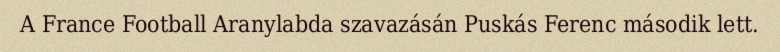
A France Football Aranylabda szavazásán Puskás Ferenc második lett.